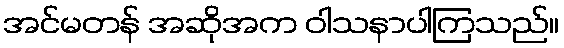
အင်မတန် အဆိုအက ဝါသနာပါကြသည်။